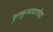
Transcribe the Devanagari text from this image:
फुफ्फुसावरणीय